65_HS1-834228961_62-HQ-83894_SUB_A
Agency: FBI
Page 35
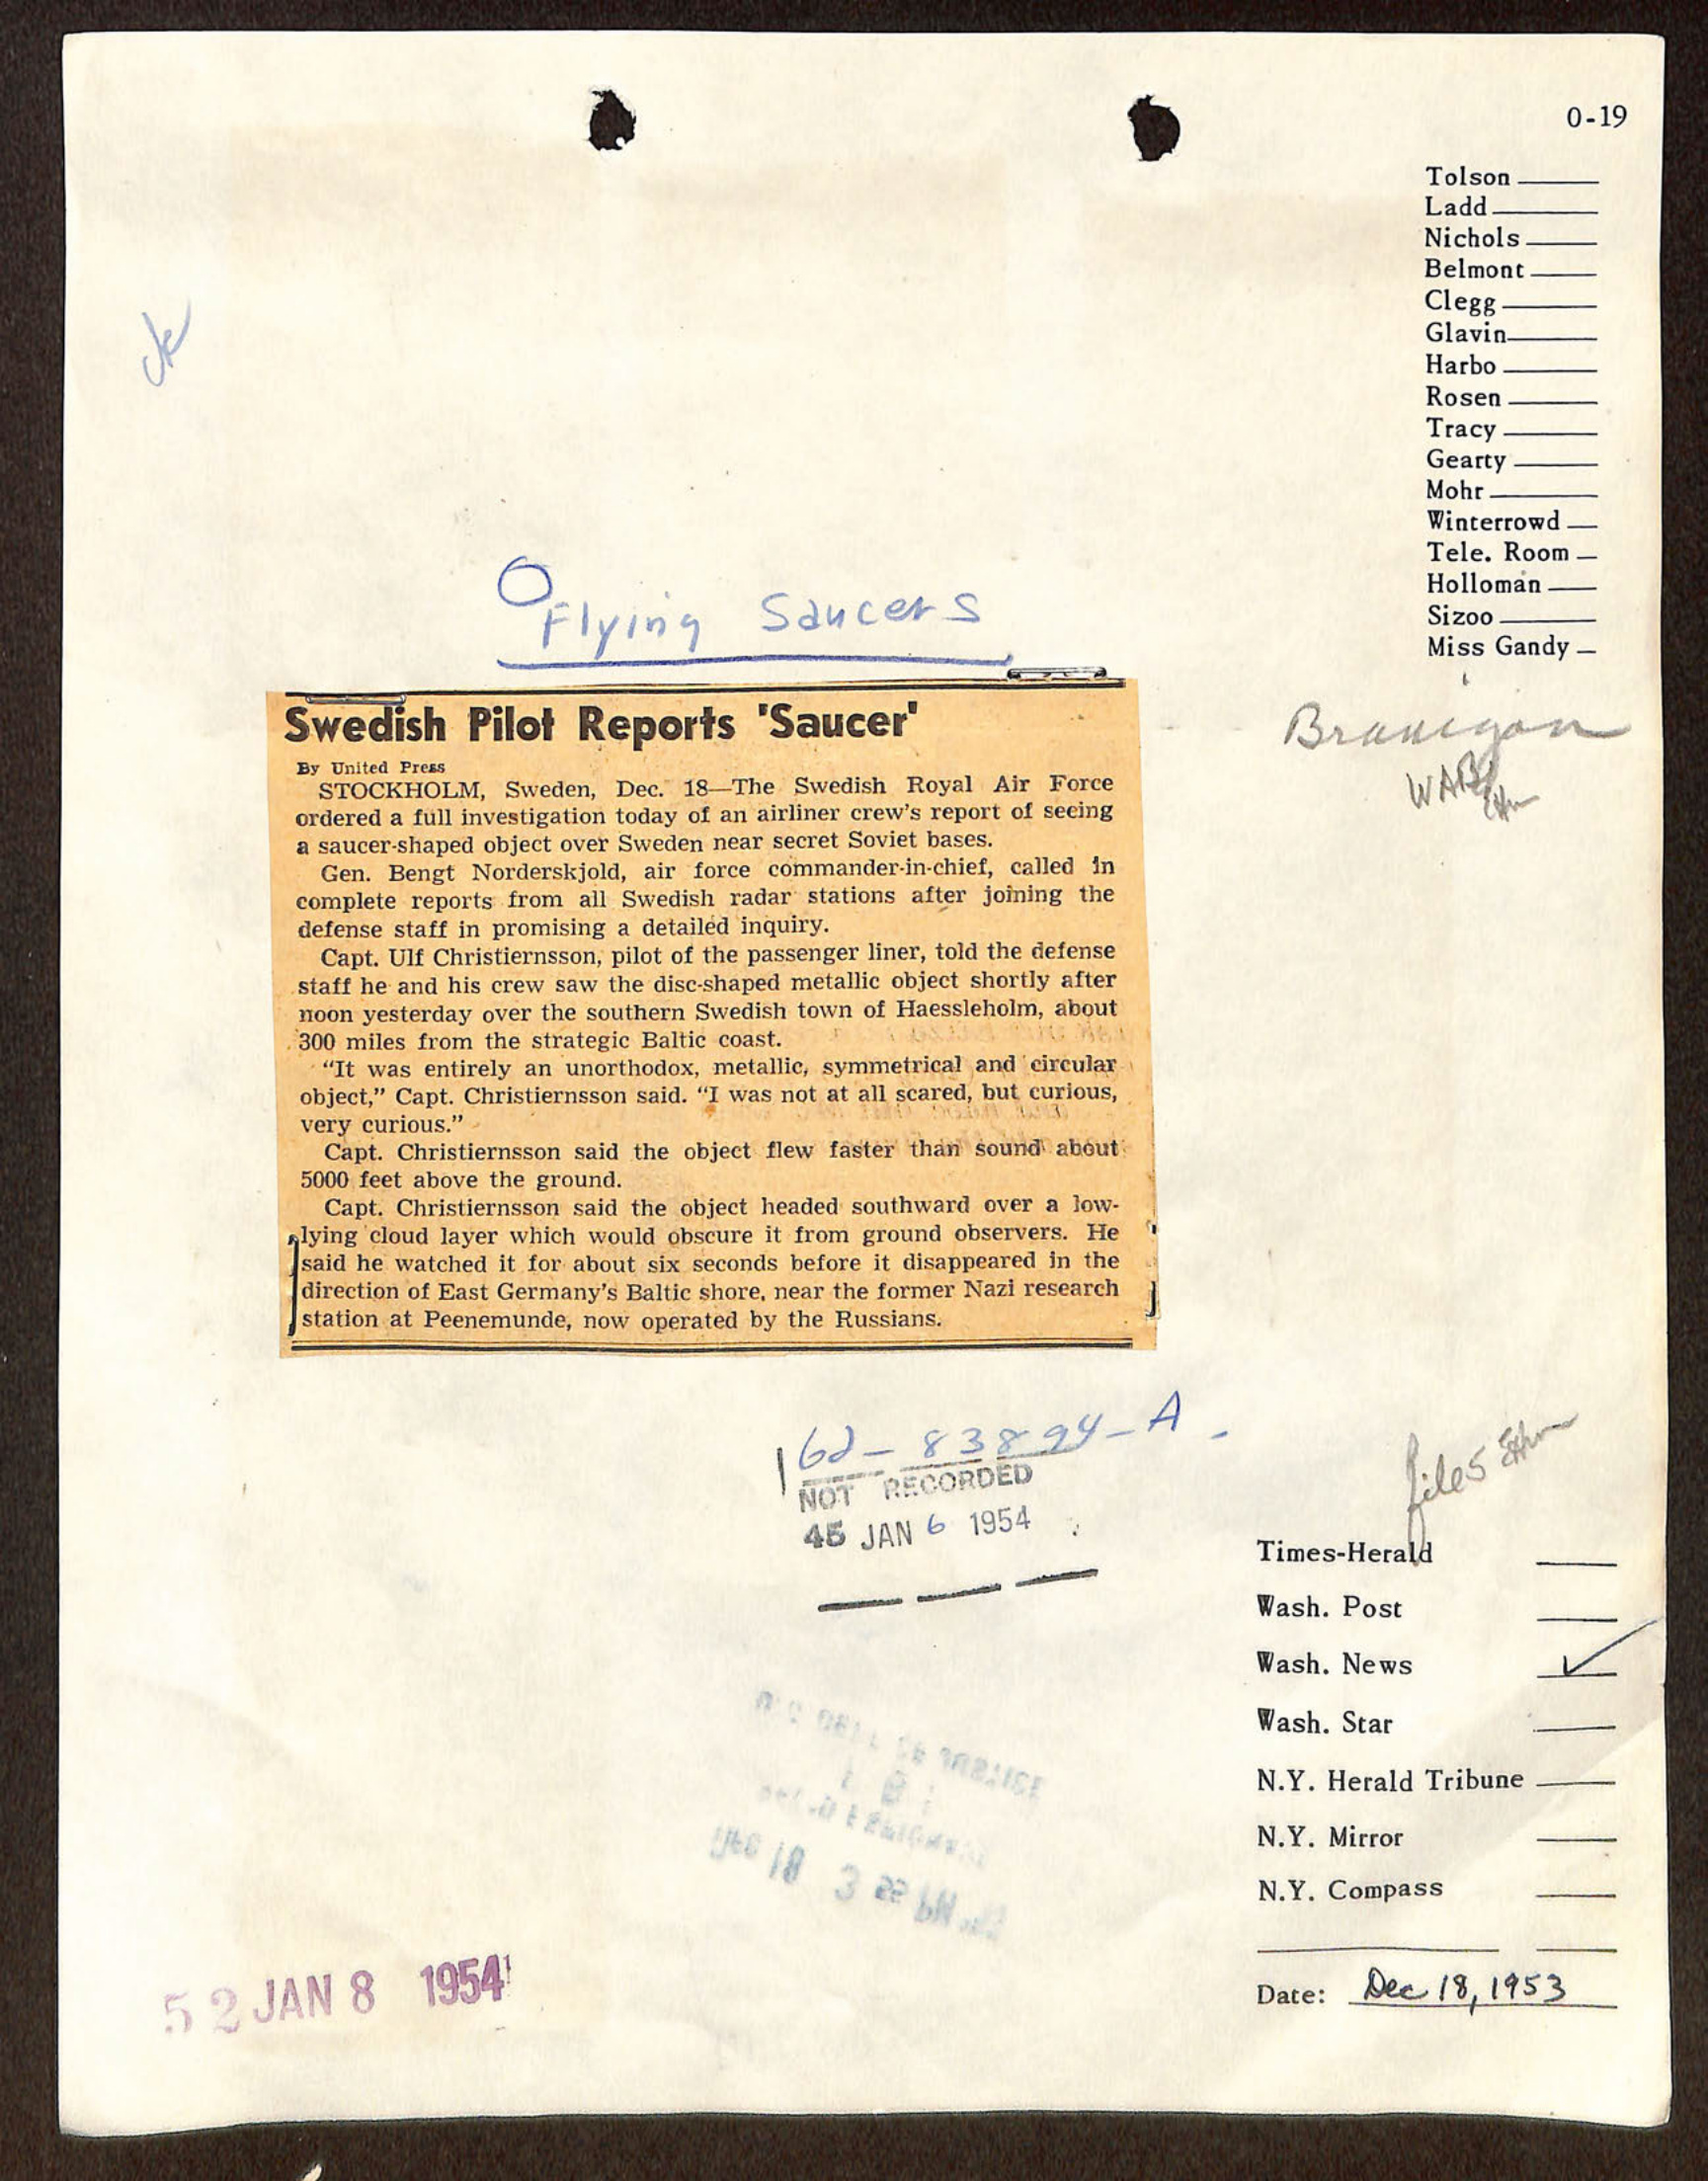